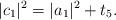
LaTeX: \begin{align*}|c_{1}|^{2} = |a_{1}|^{2} + t_{5}. \end{align*}